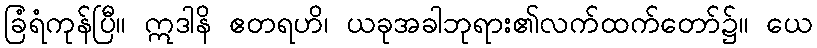
ခြံရံကုန်ပြီ။ ဣဒါနိ ဧတရဟိ၊ ယခုအခါဘုရား၏လက်ထက်တော်၌။ ယေ